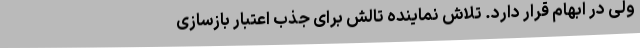
ولی در ابهام قرار دارد. تلاش نماینده تالش برای جذب اعتبار بازسازی